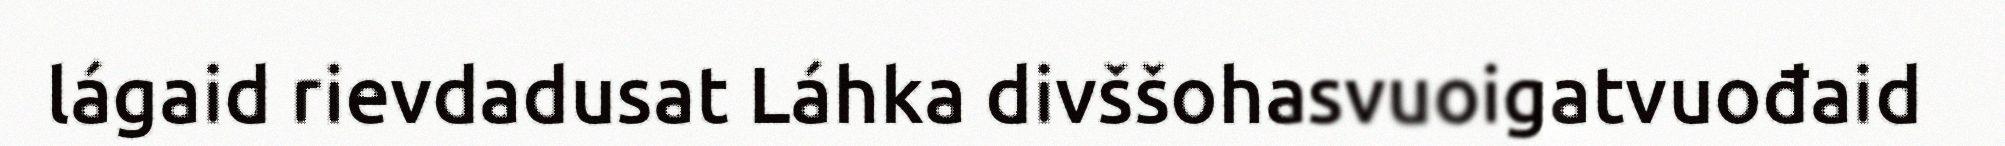
lágaid rievdadusat Láhka divššohasvuoigatvuođaid